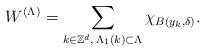
LaTeX: \begin{align*}W^{(\Lambda)}=\sum_{k\in \mathbb{Z}^d, \, \Lambda_1(k)\subset\Lambda}\chi_{B(y_k,\delta)}.\end{align*}